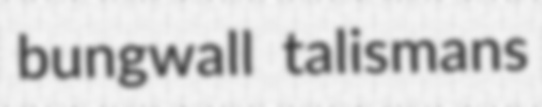
bungwall talismans